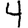
Digit: 4